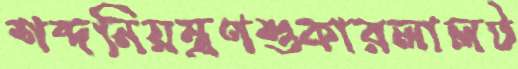
শব্দনিয়ন্ত্রণশুকারলালট